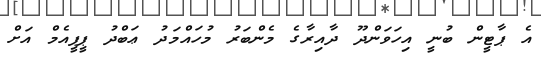
އެ ޕާޓީން ބުނީ އިހަވަންދޫ ދާއިރާގެ މެންބަރު މުހައްމަދު ޢަބްދު ޕީޕީއެމް އަށް